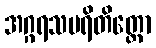
အဂ္ဂရသပရိတိတ္တော